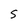
Character: S